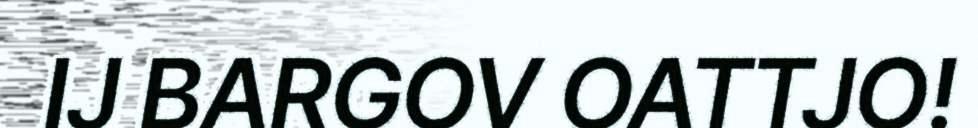
IJ BARGOV OATTJO!